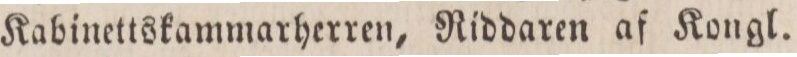
Kabinettskammarherren, Riddaren af Kongl.